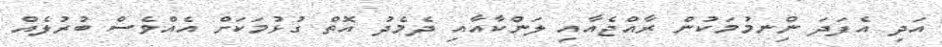
އަދި އެފަދަ ނިްނމުމަކުން ރާއްޖެއާއި ލަންކާއާއި ދެމެދު އޮތް ގުޅުމަކަށް އެއްވެސް ބުރުލެއް